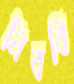
নিববি